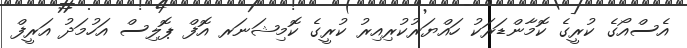
އެސްއޯގެ ކުރީގެ ކޮމާންޑަރަކު ހައްޔަރުކުރިއިރު ކުރީގެ ކޮމިޝަނަރ އޮފް ޕޮލިސް އަހުމަދު އަރީފް